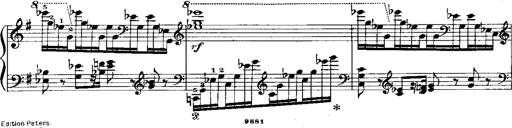
Title: RÃ©miniscences de Norma de Bellini
Composer: Franz Liszt